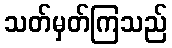
သတ်မှတ်ကြသည်